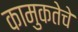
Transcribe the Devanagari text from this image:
कामुकतेचे